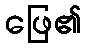
ဖြေ၏